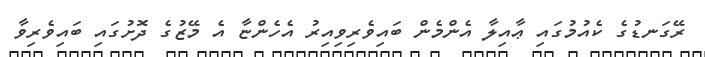
ރޭގަނޑުގެ ކެއުމުގައި ޢާއިލާ އެންމެން ބައިވެރިވިއިރު އެހެންޏާ އެ މޭޒުގެ ދޮށުގައި ބައިވެރިވާ